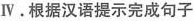
Ⅳ. 根据汉语提示完成句子